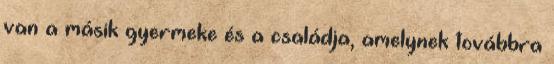
van a másik gyermeke és a családja, amelynek továbbra